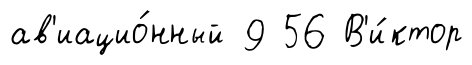
ав'иацио́нный 9 56 В'и́ктор